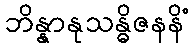
ဘိန္နာနုသန္ဓိဇနနိံ